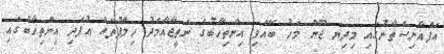
އަފްޣާނިސްތާނުގައި މިދިޔަ ޖޫން މަހު ބޭއްވި އިންތިހާބުގެ ނަތީޖާއާމެދު ހިލާފުތައް އުފެދި އިންތިހާބުގައި